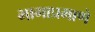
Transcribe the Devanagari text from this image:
भागाप्रमाणे